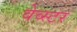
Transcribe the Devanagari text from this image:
वेव्स्टर